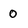
Character: 0